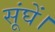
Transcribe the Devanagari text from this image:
सूंघें।